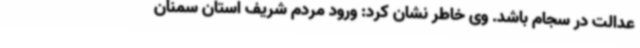
عدالت در سجام باشد. وی خاطر نشان کرد: ورود مردم‌ شریف استان سمنان